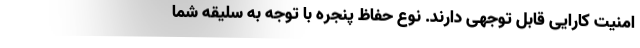
امنیت کارایی قابل توجهی دارند. نوع حفاظ پنجره با توجه به سلیقه شما